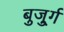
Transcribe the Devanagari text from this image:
बुजु्र्ग